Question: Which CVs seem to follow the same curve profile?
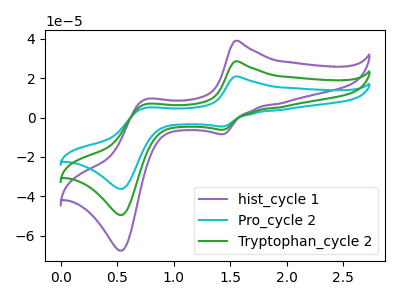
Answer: <think>The purple curve "hist_cycle 1" has anodic peaks at (1.55V, 57.05uA) (0.75V, 13.50uA) and cathodic peaks at (1.45V, -12.40uA) (0.55V, -98.95uA). The cyan curve "Pro_cycle 2" has anodic peaks at (1.55V, 20.90uA) (0.75V, 4.95uA) and cathodic peaks at (1.45V, -4.55uA) (0.55V, -36.25uA). The green curve "Tryptophan_cycle 2" has anodic peaks at (1.55V, 28.55uA) (0.75V, 6.75uA) and cathodic peaks at (1.45V, -6.20uA) (0.55V, -49.50uA).
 All the peaks in "hist_cycle 1" have a peak in "Pro_cycle 2" at the same potential. Every peak in "hist_cycle 1" is higher than every peak in "Pro_cycle 2". All the peaks in "hist_cycle 1" have a peak in "Tryptophan_cycle 2" at the same potential. Every peak in "hist_cycle 1" is higher than every peak in "Tryptophan_cycle 2". All the peaks in "Pro_cycle 2" have a peak in "Tryptophan_cycle 2" at the same potential. Every peak in "Pro_cycle 2" is lower than every peak in "Tryptophan_cycle 2".</think>
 <answer>"Pro_cycle 2", "hist_cycle 1" and "Tryptophan_cycle 2" have the same shape and are likely CV's of the same chemical.</answer>
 <eval>"Pro_cycle 2" "hist_cycle 1" "Tryptophan_cycle 2"</eval>